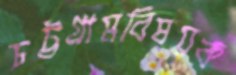
চট্টগ্রামবিষয়ক